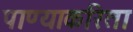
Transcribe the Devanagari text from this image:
पाण्याकरिता